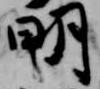
明